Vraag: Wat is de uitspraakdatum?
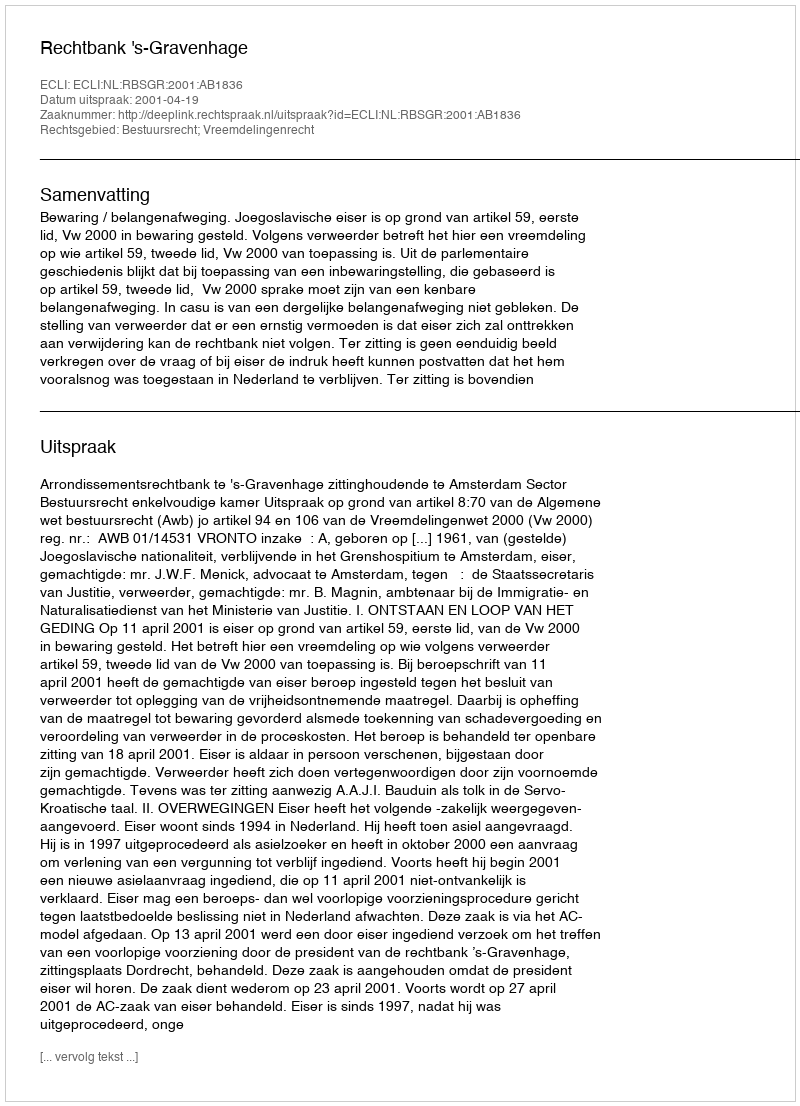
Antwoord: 2001-04-19